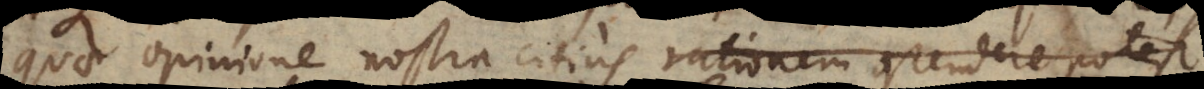
quae opinione nostra citius rationem ostendere potest